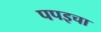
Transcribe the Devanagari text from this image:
पपइचा